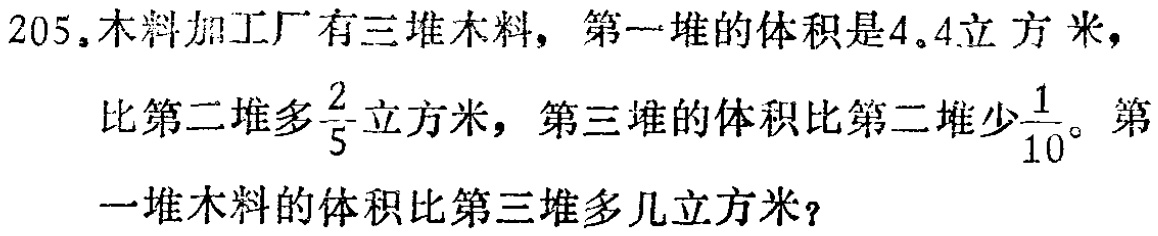
205.木料加工厂有三堆木料，第一堆的体积是4.4立方米，比第二堆多$\frac{2}{5}$立方米，第三堆的体积比第二堆少$\frac{1}{10}$。第一堆木料的体积比第三堆多几立方米？